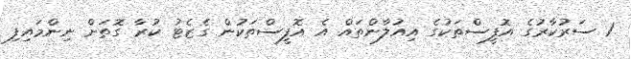
1 ސަރުކާރުގެ އޮފީސްތަކުގެ އިއުލާންތައް އެ އޮފީސްތަކުން ގެޒެޓު ކުރާ ގޮތަށް ނިންމައިފި